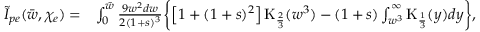
\begin{array} { r l } { \tilde { I } _ { p e } ( \bar { w } , \chi _ { e } ) = } & { \int _ { 0 } ^ { \bar { w } } \frac { 9 w ^ { 2 } d w } { 2 ( 1 + s ) ^ { 3 } } \biggl \{ \left[ 1 + ( 1 + s ) ^ { 2 } \right] \mathrm { K } _ { \frac { 2 } { 3 } } ( w ^ { 3 } ) - ( 1 + s ) \int _ { w ^ { 3 } } ^ { \infty } \mathrm { K } _ { \frac { 1 } { 3 } } ( y ) d y \biggr \} , } \end{array}